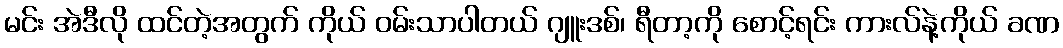
မင်း အဲဒီလို ထင်တဲ့အတွက် ကိုယ် ဝမ်းသာပါတယ် ဂျူးဒစ်၊ ရီတာ့ကို စောင့်ရင်း ကားလ်နဲ့ကိုယ် ခဏ